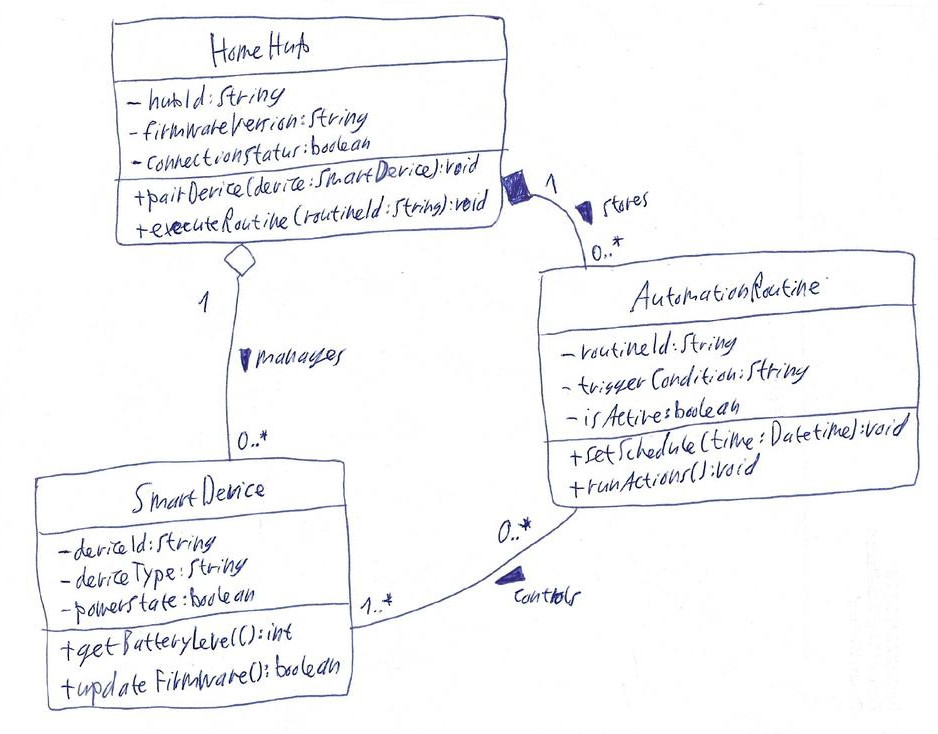
Diagram type: class_diagram
```plantuml
@startuml

class HomeHub {
    - hubId: String
    - firmwareVersion: String
    - connectionStatus: boolean
    + pairDevice(device: SmartDevice): void
    + executeRoutine(routineId: String): void
}

class SmartDevice {
    - deviceId: String
    - deviceType: String
    - powerState: boolean
    + getBatteryLevel(): int
    + updateFirmware(): boolean
}

class AutomationRoutine {
    - routineId: String
    - triggerCondition: String
    - isActive: boolean
    + setSchedule(time: DateTime): void
    + runActions(): void
}

HomeHub "1" o-- "0..*" SmartDevice : manages >
HomeHub "1" *-- "0..*" AutomationRoutine : stores >
AutomationRoutine "0..*" -- "1..*" SmartDevice : controls >

@enduml
```